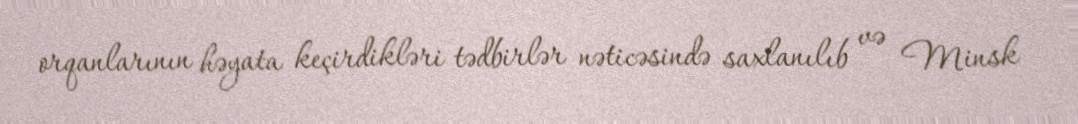
orqanlarının həyata keçirdikləri tədbirlər nəticəsində saxlanılıb və Minsk